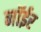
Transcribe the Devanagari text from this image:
नॉईर